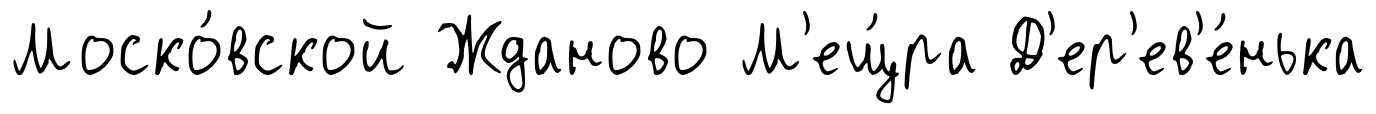
Моско́вской Жданово М'ещ́ра Д'ер'ев'е́нька